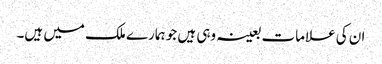
ان کی علامات بعینہ وہی ہیں جو ہمارے ملک میں ہیں۔